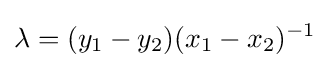
\lambda =(y_{1}-y_{2})(x_{1}-x_{2})^{-1}